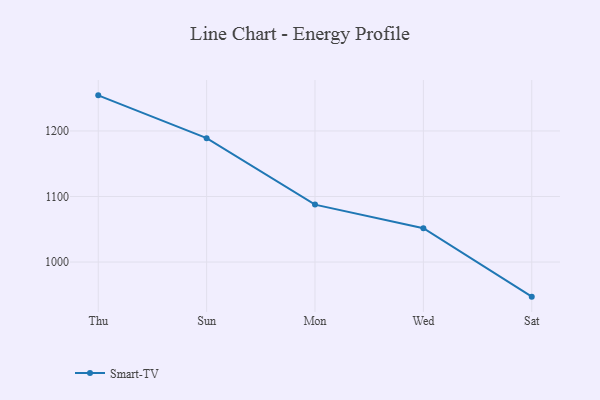
{"axis": {"x": "Day", "y": "Waste Production (Tons)"}, "legend": ["Smart-TV"], "data": [{"x": "Thu", "y": 1254.3, "type": "Smart-TV"}, {"x": "Sun", "y": 1189.0, "type": "Smart-TV"}, {"x": "Mon", "y": 1087.6, "type": "Smart-TV"}, {"x": "Wed", "y": 1051.7, "type": "Smart-TV"}, {"x": "Sat", "y": 947.2, "type": "Smart-TV"}]}